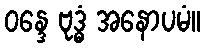
ဝန္ဒေ ဗုဒ္ဓံ အနောပမံ။